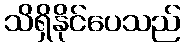
သိရှိနိုင်ပေသည်